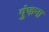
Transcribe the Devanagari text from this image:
गुंफना